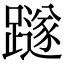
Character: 𨆏